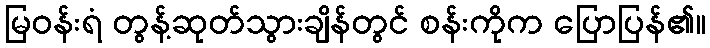
မြဝန်းရံ တွန့်ဆုတ်သွားချိန်တွင် စန်းကိုက ပြောပြန်၏။